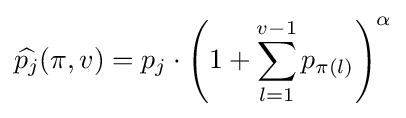
{\widehat {p_{j}}}(\pi ,v)=p_{j}\cdot \left(1+\sum _{l=1}^{v-1}p_{\pi (l)}\right)^{\alpha }